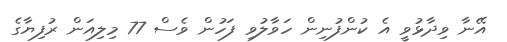
އޭނާ ވިދާޅުވީ އެ ކުންފުނިން ހަވާލުވި ފަހުން ވެސް 77 މިލިއަން ރުފިޔާގެ